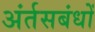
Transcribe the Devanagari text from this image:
अंर्तसबंधों